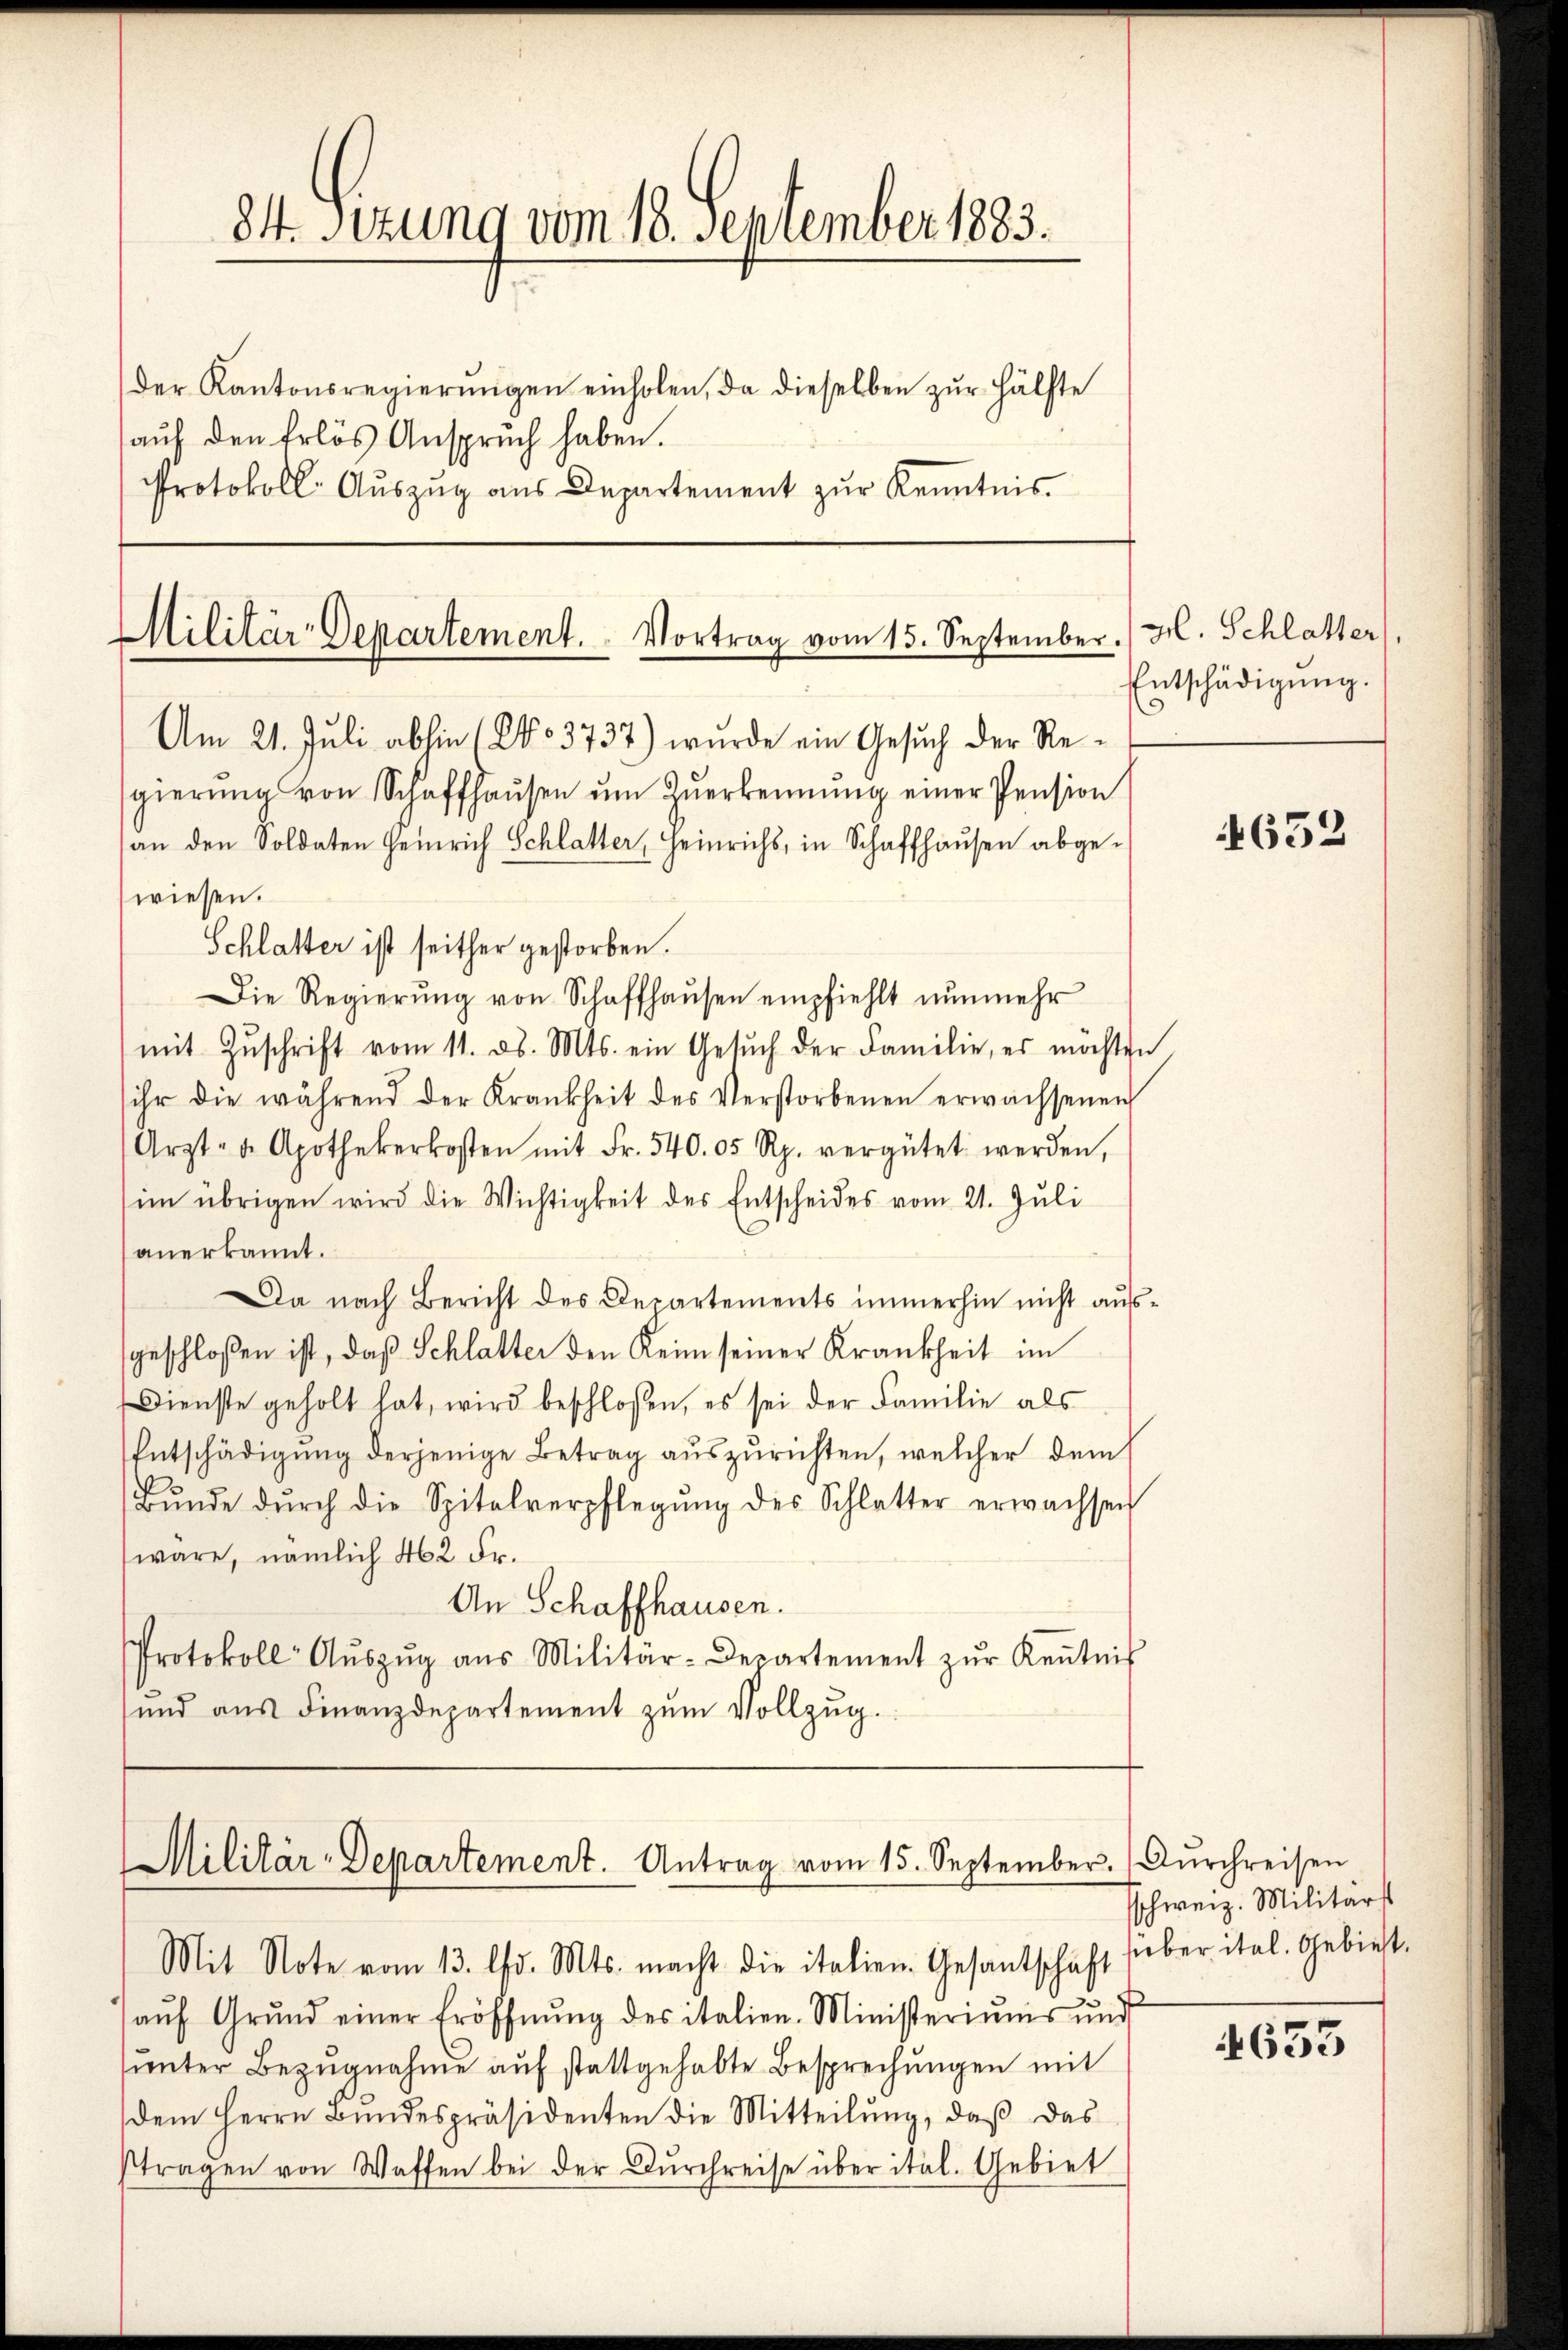
84. Sitzung vom 18. September 1883.
der Kantonsregierŭngen einholen, da dieselben zŭr Hälfte
auf den Erlös Anspruch haben.
Protokoll Auszug aus Departement zur Kenntnis.

Militär-Departement. Vortrag vom 15. September.

Am 21. Juli abhin (No 3737) wurde ein Gesuch der Rewiesen.
Schlatter ist seither gestorben.
Die Regierŭng von Schaffhaŭsen empfiehlt nŭnmehr
mit Zŭschrift vom 11. d. Mts. ein Gesŭch der Familie, es möchten
ihr die während der Krankheit des Verstorbenen erwachsenen
Arzt- u. Apothekerkosten mit Fr. 540. 05 Rp. vergütet werden,
im übrigen wird die Wichtigkeit des Entscheides vom 21. Jŭli
anerkannt.
Da nach Bericht des Departements immerhin nicht ausgeschloßen ist, daß Schlatter den Keim seiner Krankheit im
Dienste geholt hat, wird beschlossen, es sei der Familie als
Entschädigŭng derjenige Betrag auszurichten, welcher dem
Bŭnde dŭrch die Spitalverpflegŭng des Schlatter erwachsen
wäre, nämlich 462 Fr.
An Schaffhausen.
Protokoll- Aŭszŭg aŭs Militär-Departement zŭr Keṅtnis
ŭnd aŭs Finanzdepartement zŭm Vollzŭg.

gierŭng von Schaffhaŭsen ŭm Zŭerkennung einer Pension
an den Soldaten Heinrich Schlatter, Heinrichs, in Schaffhausen abge¬

Militär-Departement. Antrag vom 15. September.

Mit Note vom 13. d. Mts. macht die italien. Gesantschaft sieber itel. Gebiet
aŭf Grŭnd einer Eröffnŭng des italien-Ministeriums und
unter Bezugnahme auf stattgehabte Besprechungen mit
dem Herrn Bundespräsidenten die Mitteilŭng, daß das
tragen von Waffen bei der Dŭrchreise über ital. Gebiet

gl. Schlatter
Entschädigŭng.

4652

Duschreisen
sschweiz. Militärs

653